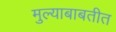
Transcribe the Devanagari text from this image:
मुल्याबाबतीत